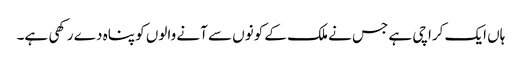
ہاں ایک کراچی ہے جس نے ملک کے کونوں سے آنے والوں کو پناہ دے رکھی ہے۔